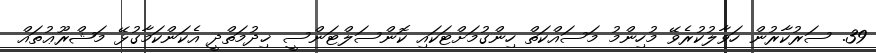
39. ސަރުކާރުން ހަވާލުކުރެވޭ މުހިންމު މަސައްކަތް ހިންގުމަށްޓަކައި ކޮންސަލްޓަންސީ ޚިދުމަތްދީ އެކަންކަމާގުޅޭ މަޝްރޫޢުތައް